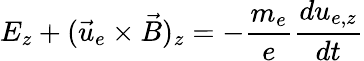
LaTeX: E_{z}+(\vec{u}_{e}\times\vec{B})_{z}=-\frac{m_{e}}{e}\frac{du_{e,z}}{dt}